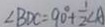
\angle B D C = 9 0 ^ { \circ } + \frac { 1 } { 2 } \angle A